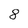
Character: 8